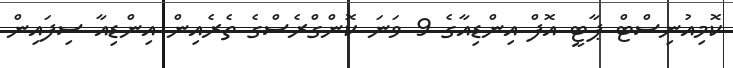
ކޮމިއުނިސްޓް ޕާޓީ އޮފް އިންޑިއާގެ 9 ވަނަ ކޮންގްރެސްގެ ތެރެއިން އިންޑިއާ ސިފައިން